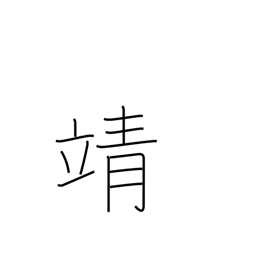
Meaning: peaceful